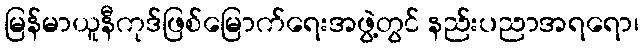
မြန်မာယူနီကုဒ်ဖြစ်မြောက်ရေးအဖွဲ့တွင် နည်းပညာအရရော၊